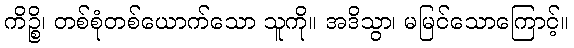
ကိဉ္စိ၊ တစ်စုံတစ်ယောက်သော သူကို။ အဒိသွာ၊ မမြင်သောကြောင့်။